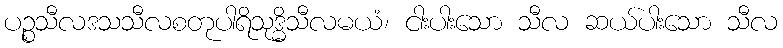
ပဉ္စသီလဒသသီလစတုပါရိသုဒ္ဓိသီလမယံ၊ ငါးပါးသော သီလ ဆယ်ပါးသော သီလ